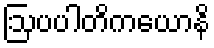
ဩပပါတိကယောနိ